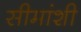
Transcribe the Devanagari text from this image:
सीमांशी